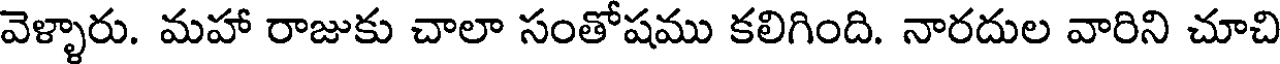
వెళ్ళారు. మహా రాజుకు చాలా సంతోషము కలిగింది. నారదుల వారిని చూచి